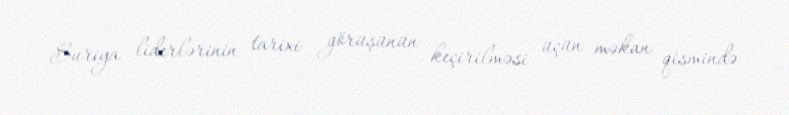
Suriya liderlərinin tarixi görüşünün keçirilməsi üçün məkan qismində